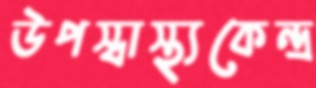
উপস্বাস্থ্যকেন্দ্র